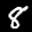
Digit: 8